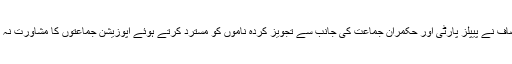
جب کہ پاکستان تحریک انصاف نے پیپلز پارٹی اور حکمران جماعت کی جانب سے تجویز کردہ ناموں کو مسترد کرتے ہوئے اپوزیشن جماعتوں کا مشاورت نہ کرنے کا شکوہ بھی کیا ہے۔